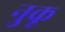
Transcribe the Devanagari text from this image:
नुकू